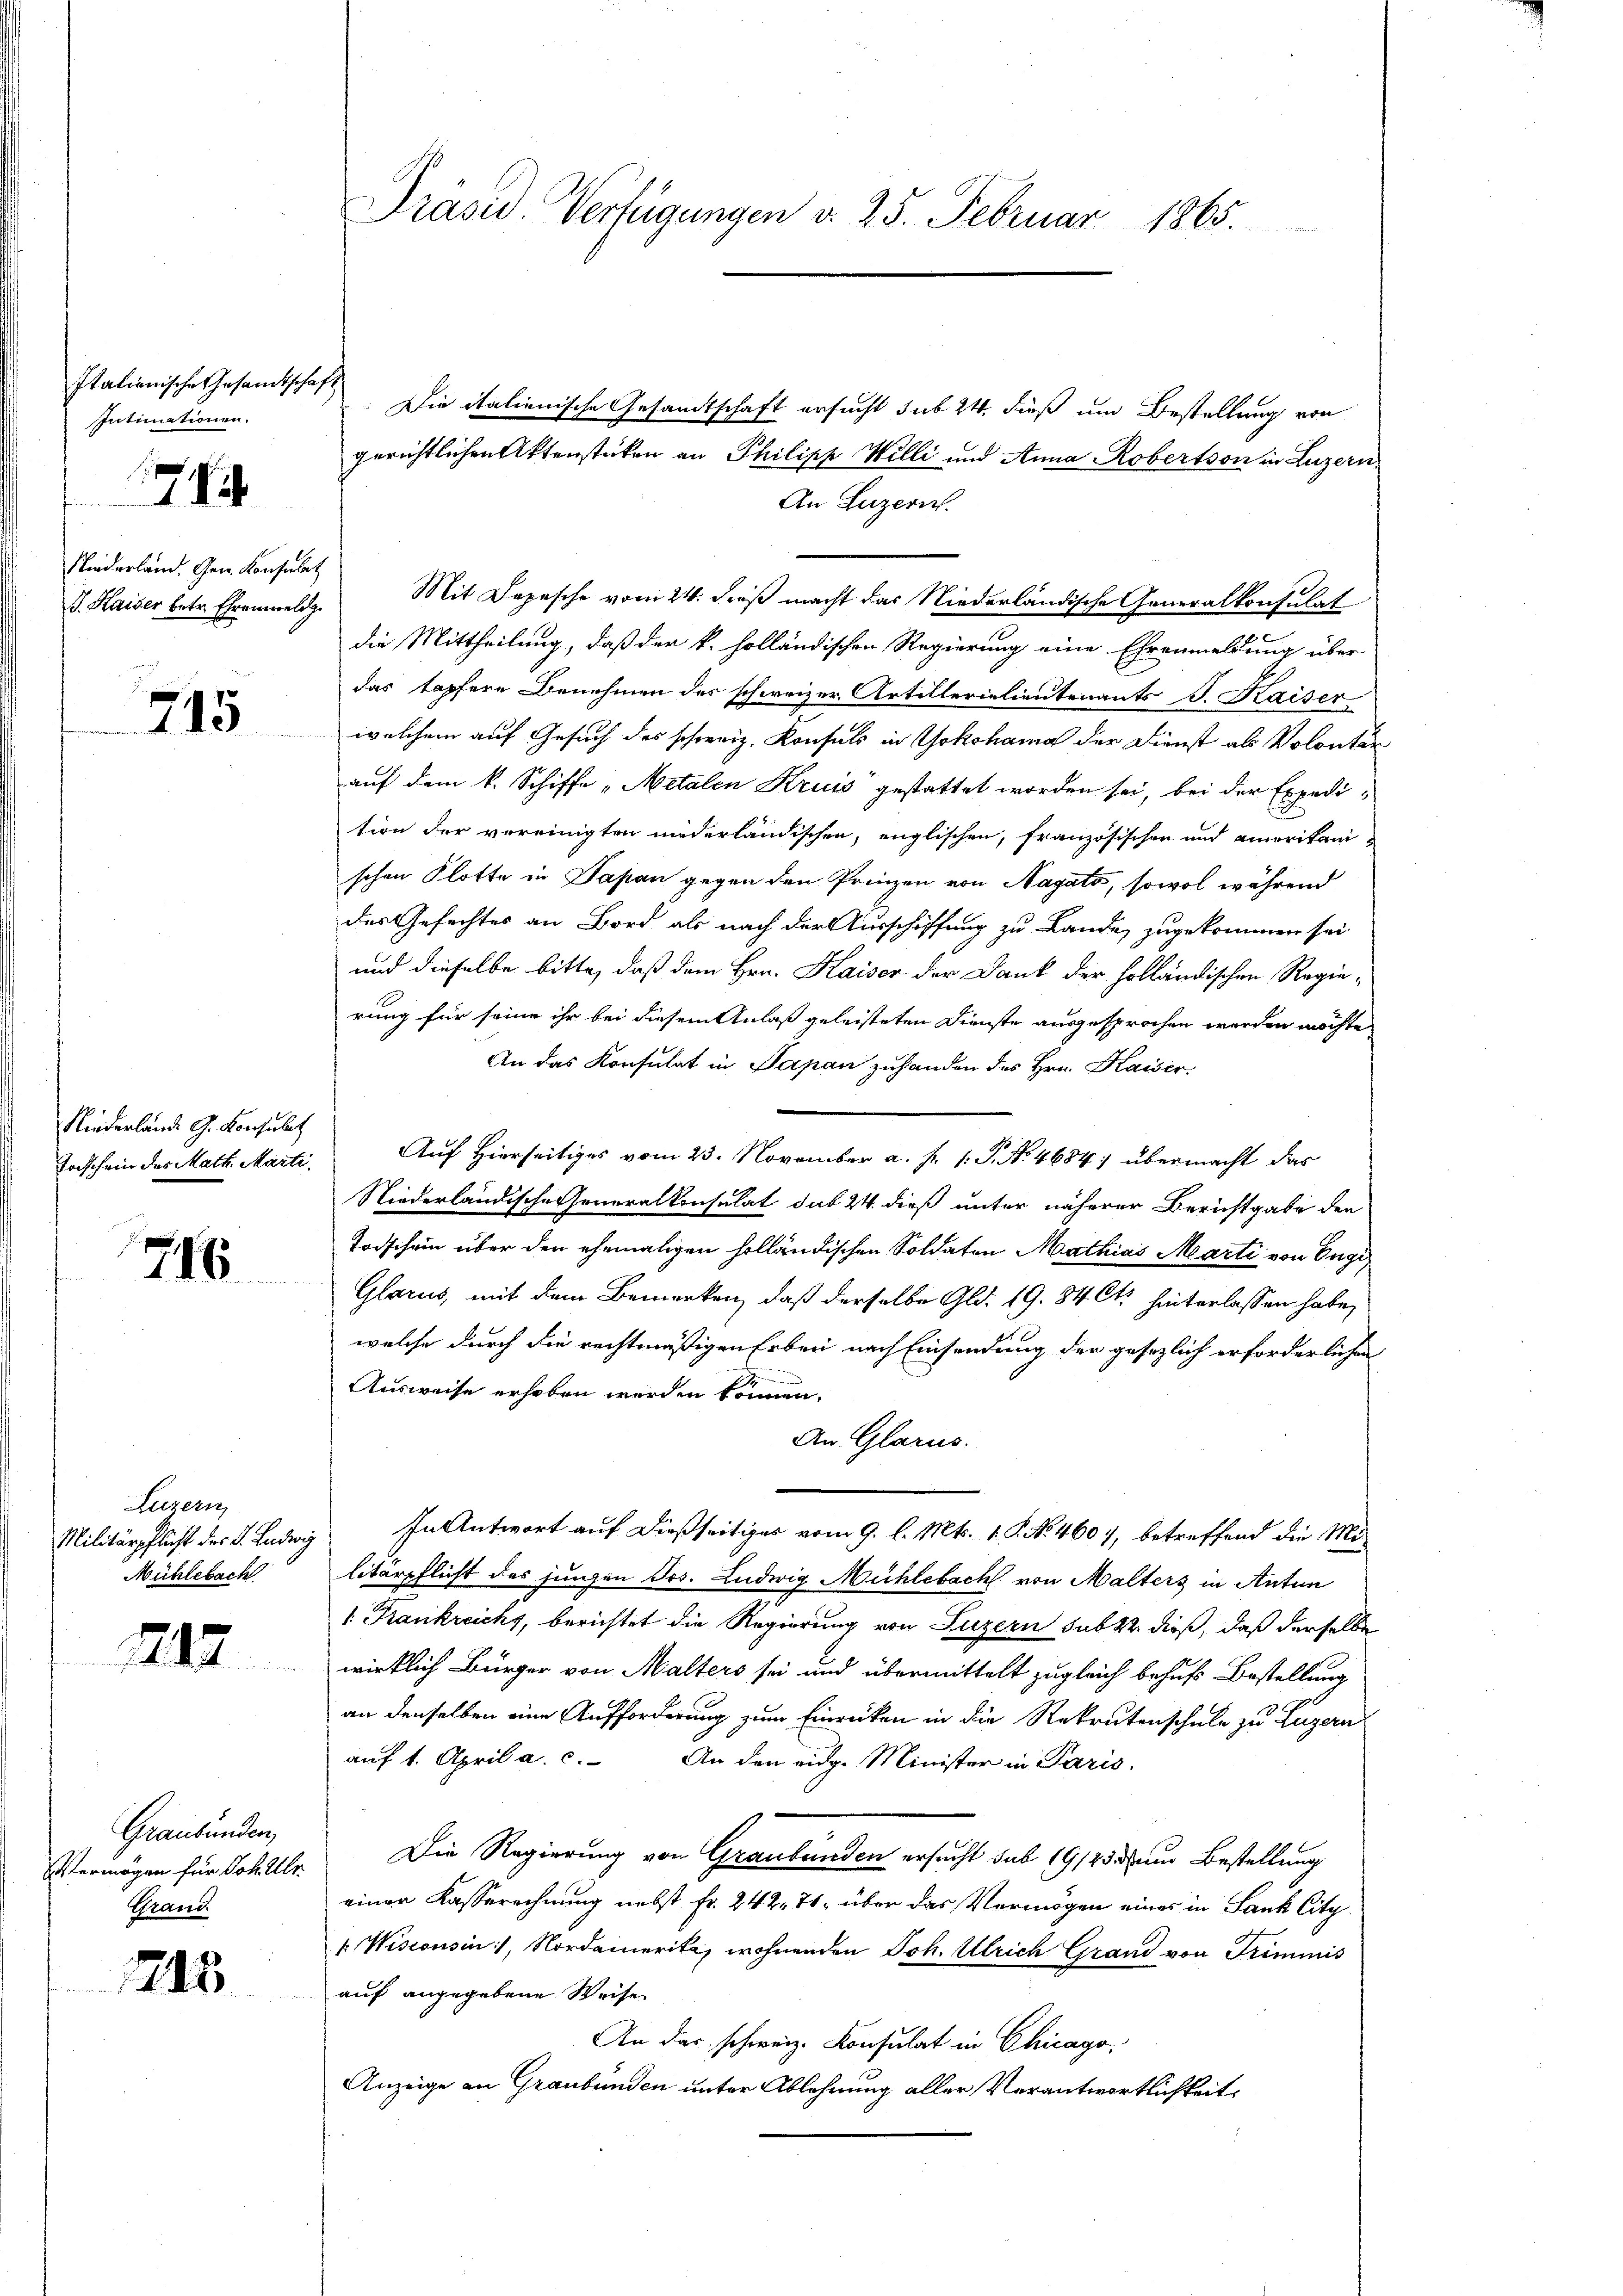
Italienische Gesamtschaft
Intimationen.

7

Niederland. Gen. Konsulat

715

Niederlände G. Konsulat
Toischein des Math. Marti

716

Luzern,
Militärpflicht des L. Ludwig
Mühlebach

217

Graubünden,
Entermögen für Joh. Ulr
Grand

1248

Präsid. Verfügungen d. 25. Februar 1865.

Die italienische Gesandtschaft ersucht sub 24. dieß um Bestellung von
gerichtlichen Aktenstücken an Philipp Willi und Anna Robertson in Luzern
An Luzern.
J. Kaiser betr. Ehrenmeldg. Mit Depesche vom 24. dieß macht das Niederländische Generalkonsulat
die Mittheilung, daß der k. holländischen Regierung eine Ehrenmeldung über
das tapfere Benehmen des schweizer Artillerielieutenants J. Kaiser
welchem auf Gesuch des schweiz. Konsuls in Yokohama der Dienst als Volontär
auf dem k. Schiffe „Metalen Kruis gestattet worden sei, bei der Expedition der vereinigten niederländischen, englischen, französischen und Amerikanischen Flotte in Papan gegen den Prinzen von Nagato, sowol während
des Gefechtes an Bord als nach der Ausschiffung zu Lande zugekommen sei
und dieselbe bitte, daß dem Hrn. Kaiser der Dank der holländischen Regierung für seine ihr bei diesem Anlaß geleisteten Dienste ausgesprochen werden möchte
An das Konsulat in Papan zuhanden des Hrn. Kaiser.
Auf Hierseitiges vom 23. November a. f. 1. P. No. 4684; übermacht das
Niederländische Generalkonsulat sub 24. dieß unter näherer Berichtgabe den
Todschein über den ehemaligen holländischen Soldaten Mathias Marti von Engis
Glarus, mit dem Bemerken, daß derselbe Gld. 19. 84 Cts. hinterlassen habe,
welche durch die rechtmäßigen Erben nach Einsendung der gesezlich erforderlichen
Ausweise erhoben werden können.
An Glarus.
In Antwort auf dießseitiges vom 9. l. Mts. 1. P. No. 4607, betreffend die Mölitärpflicht des jungen Jos. Ludwig Mühlebach von Malters in Anton
1: Frankreichs, berichtet die Regierung von Luzern sub er dieß, daß derselbe
wirklich Bürger von Malters sei und übermittelt zugleich behufs Bestellung
an denselben eine Aufforderung zum Einricken in die Rekrutenschule zu Luzern
auf 1. April a. c. An den eidg. Minister in Paris
Die Regierung von Graubünden ersucht sub 19/23 den Bestellung
einer Kasserechnung nebst Fr. 242, 74, über das Vermögen eines in Sank Citz¬
 Wisionsin, Nordamerika, wohnenden Joh. Ulrich Grand von Trimmis
auf angegebene Weise
An das schweiz. Konsulat in Chicago,
Anzeige an Graubünden unter Ablehnung aller Verantwortlichkeit